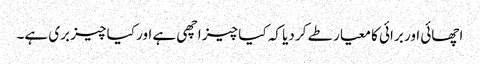
اچھائی اور برائی کا معیار طے کر دیا کہ کیا چیز اچھی ہے اور کیا چیز بری ہے۔